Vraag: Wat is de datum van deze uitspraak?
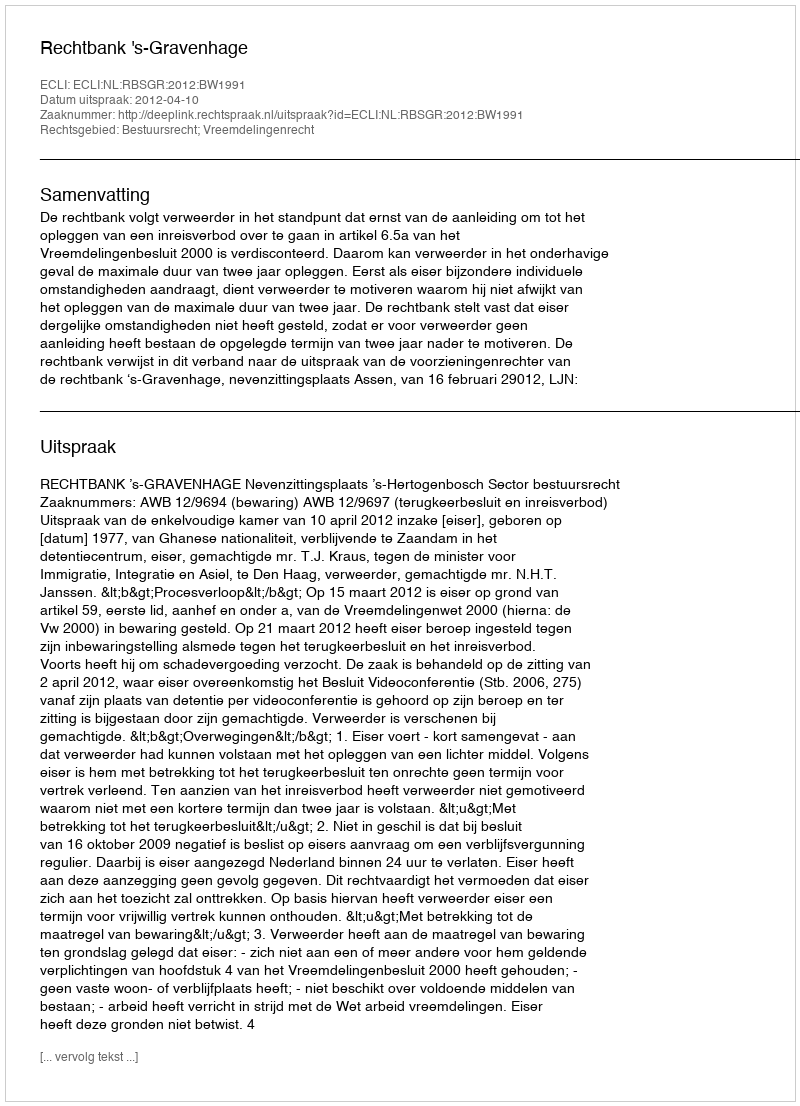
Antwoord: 2012-04-10